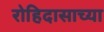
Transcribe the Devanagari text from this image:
रोहिदासाच्या